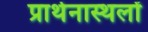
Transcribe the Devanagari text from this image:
प्रार्थनास्थलों